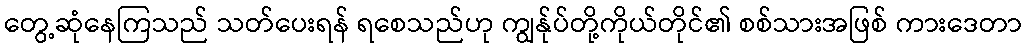
တွေ့ဆုံနေကြသည် သတ်ပေးရန် ရစေသည်ဟု ကျွန်ုပ်တို့ကိုယ်တိုင်၏ စစ်သားအဖြစ် ကားဒေတာ